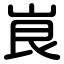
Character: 峎